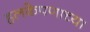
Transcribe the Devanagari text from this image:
हलकेपणाच्या